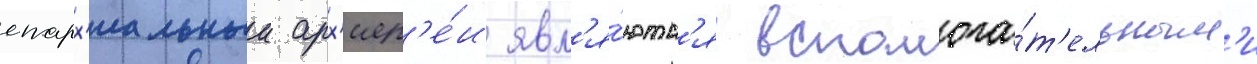
епарх'иальныи арх'иер'е́и явл'я́ютс'я вспомога́т'ельным'и